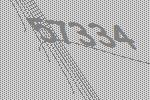
57334